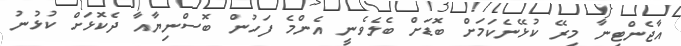
އާޖެންޓިނާ މިރޭ ކުޅޭނެކަމަށް ބޮޑަަށް ބެލެވެނީ އެންމެ ފަހުން ބޮސްނިޔާއާ ދެކޮޅަށް ކުޅުނު